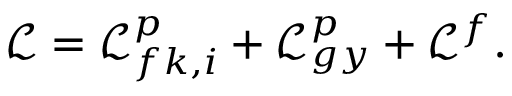
\mathcal { L } = \mathcal { L } _ { f k , i } ^ { p } + \mathcal { L } _ { g y } ^ { p } + \mathcal { L } ^ { f } .